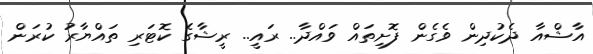
އާޝްއާ ދެކުދިން ވެގެން ފޮށިތައް ވައްދާ.. ރައީ.. ރީޝާގެ ކޮޓަރި ތައްޔާރު ކުރަން